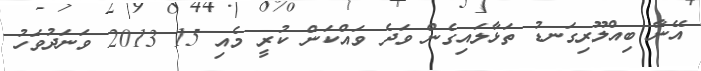
އޭނާ ބިއްލޫރިގަނޑު ތަޅާލައިގެން ވަދެ ވައްކަން ކުރީ މެއި 15 2013 ވަނަދުވަހު